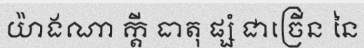
យ៉ាងណា ក្តី ធាតុ ផ្សំ ជាច្រើន នៃ